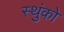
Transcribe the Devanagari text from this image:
स्थुंको